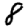
Digit: 8